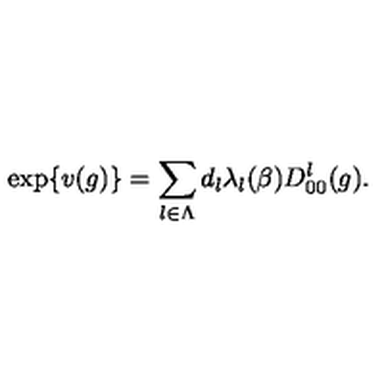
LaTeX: \exp \{ v ( g ) \} = \sum _ { l \in \Lambda } d _ { l } \lambda _ { l } ( \beta ) D _ { 0 0 } ^ { l } ( g ) .